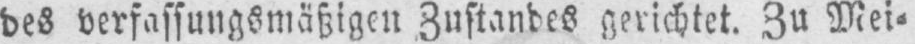
des verfassungsmäßigen Zustandes gerichtet. Zu Mei⸗